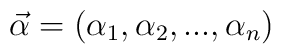
\vec{\alpha} = {(\alpha_1,\alpha_2,...,\alpha_n)}